Problem: 26 + 40 = ?
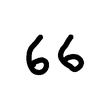
Handwritten answer: 66